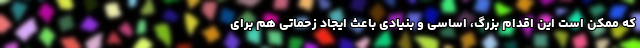
که ممکن است این اقدام بزرگ، اساسی و بنیادی باعث ایجاد زحماتی هم برای